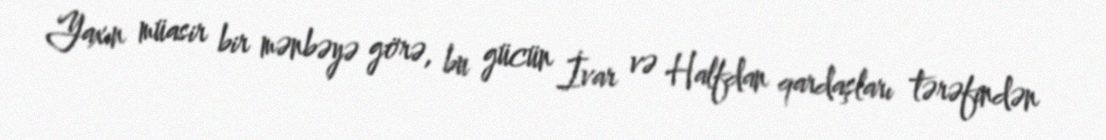
Yaxın müasir bir mənbəyə görə, bu gücün İvar və Halfdan qardaşları tərəfindən